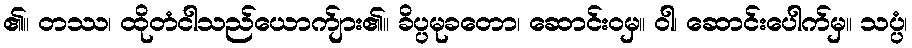
၏။ တဿ၊ ထိုတံငါသည်ယောက်ျား၏။ ခိပ္ပမုခတော၊ ဆောင်းဝမှ။ ဝါ၊ ဆောင်းပေါက်မှ။ သပ္ပံ၊